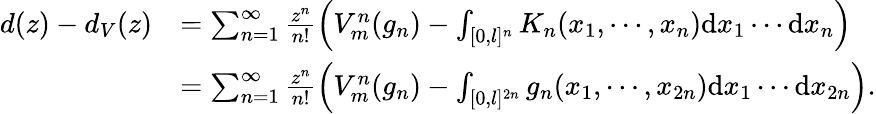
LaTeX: \begin{array}{rl}{d(z)-d_{V}(z)}&{=\sum_{n=1}^{\infty}\frac{z^{n}}{n!}\left(V_{m}^{n}(g_{n})-\int_{[0,l]^{n}}K_{n}(x_{1},\cdots,x_{n})\mathrm{d}x_{1}\cdots\mathrm{d}x_{n}\right)}\\ &{=\sum_{n=1}^{\infty}\frac{z^{n}}{n!}\left(V_{m}^{n}(g_{n})-\int_{[0,l]^{2n}}g_{n}(x_{1},\cdots,x_{2n})\mathrm{d}x_{1}\cdots\mathrm{d}x_{2n}\right).}\end{array}